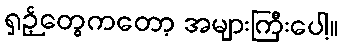
ရှဉ့်တွေကတော့ အများကြီးပေါ့။